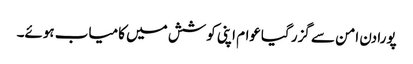
پورا دن امن سے گزر گیاعوام اپنی کوشش میں کامیاب ہوئے۔